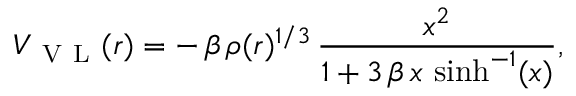
V _ { \mathrm { ~ V ~ L ~ } } ( r ) = - \, \beta \, \rho ( r ) ^ { { 1 } / { 3 } } \, \frac { x ^ { 2 } } { 1 + 3 \, \beta \, x \, \sinh ^ { - 1 } ( x ) } ,